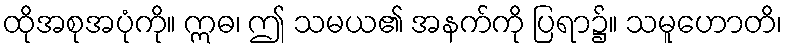
ထိုအစုအပုံကို။ ဣဓ၊ ဤ သမယ၏ အနက်ကို ပြရာ၌။ သမူဟောတိ၊